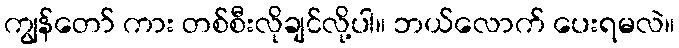
ကျွန်တော် ကား တစ်စီးလိုချင်လို့ပါ။ ဘယ်လောက် ပေးရမလဲ။